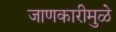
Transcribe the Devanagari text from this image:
जाणकारीमुळे